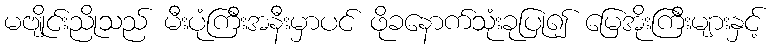
မဗျိုင်းညိုသည် မီးပုံကြီးအနီးမှာပင် ဖိုခနောက်သုံးခုပြု၍ မြေအိုးကြီးများနှင့်